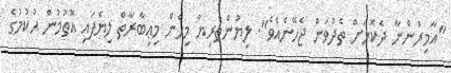
"އާމިރުންނާ ދެކޮޅަށް ތެދުވަން ޖެހޭނެއެވެ". ލިޔުންތެރިޔާ މިހެން މިޢިބާރާތް ލިޔެފައި އޮތުމުން ޙުކުމުގެ